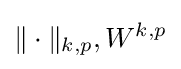
\|\cdot \|_{k,p},W^{k,p}